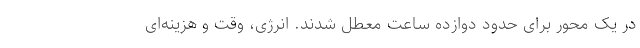
در یک محور برای حدود دوازده ساعت معطل شدند. انرژی، وقت و هزینه‌ای